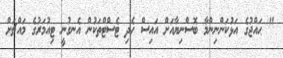
" ޙައްޖުގެ އަޅުކަންނިންމާ ބޮސްނިޔާއަށް އައިސް ހެދި ޓެސްޓްތަކުން އެނގުނީ ޓިއުމަރުގެ މައްޗަށް